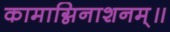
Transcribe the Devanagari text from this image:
कामाग्निनाशनम्॥